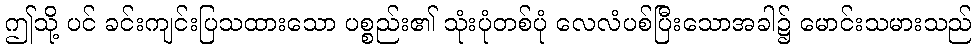
ဤသို့ ပင် ခင်းကျင်းပြသထားသော ပစ္စည်း၏ သုံးပုံတစ်ပုံ လေလံပစ်ပြီးသောအခါ၌ မောင်းသမားသည်